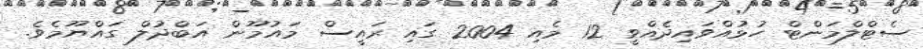
ސެޓްލްމަންޓް ހުޅުއްވައިދެއްވީ 12 މެއި 2004 ގައި ރައީސް މައުމޫން އަބްދުލް ގައްޔޫމެވެ.